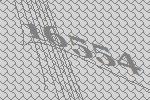
16554